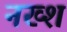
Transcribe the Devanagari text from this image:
नख्श